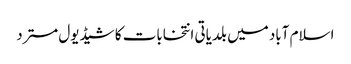
اسلام آباد میں بلدیاتی انتخابات کا شیڈیول مسترد